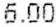
6.00